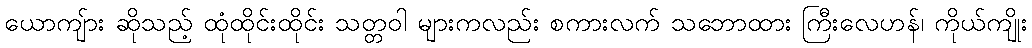
ယောကျ်ား ဆိုသည့် ထုံထိုင်းထိုင်း သတ္တဝါ များကလည်း စကားလက် သဘောထား ကြီးလေဟန်၊ ကိုယ်ကျိုး